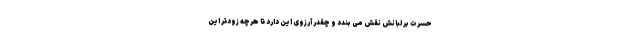
حسرت بر لبانش نقش می بندد و چقدر آرزوی این دارد تا هرچه زودتر این